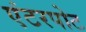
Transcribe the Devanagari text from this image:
एंटरपोट